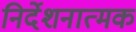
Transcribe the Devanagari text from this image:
निर्देशनात्मक